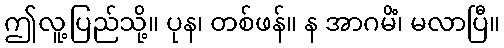
ဤလူ့ပြည်သို့။ ပုန၊ တစ်ဖန်။ န အာဂမိံ၊ မလာပြီ။